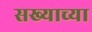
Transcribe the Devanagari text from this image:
सख्याच्या